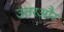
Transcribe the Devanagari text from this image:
उत्तरऔर